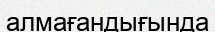
алмағандығында